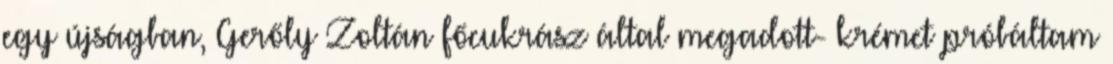
egy újságban, Gerőly Zoltán főcukrász által megadott- krémet próbáltam